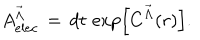
LaTeX: A _ { e l e c } ^ { { \vec { \Lambda } } } \, = \, d t \, \exp \left[ C ^ { { \vec { \Lambda } } } ( r ) \right] .